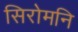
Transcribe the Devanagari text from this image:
सिरोमनि